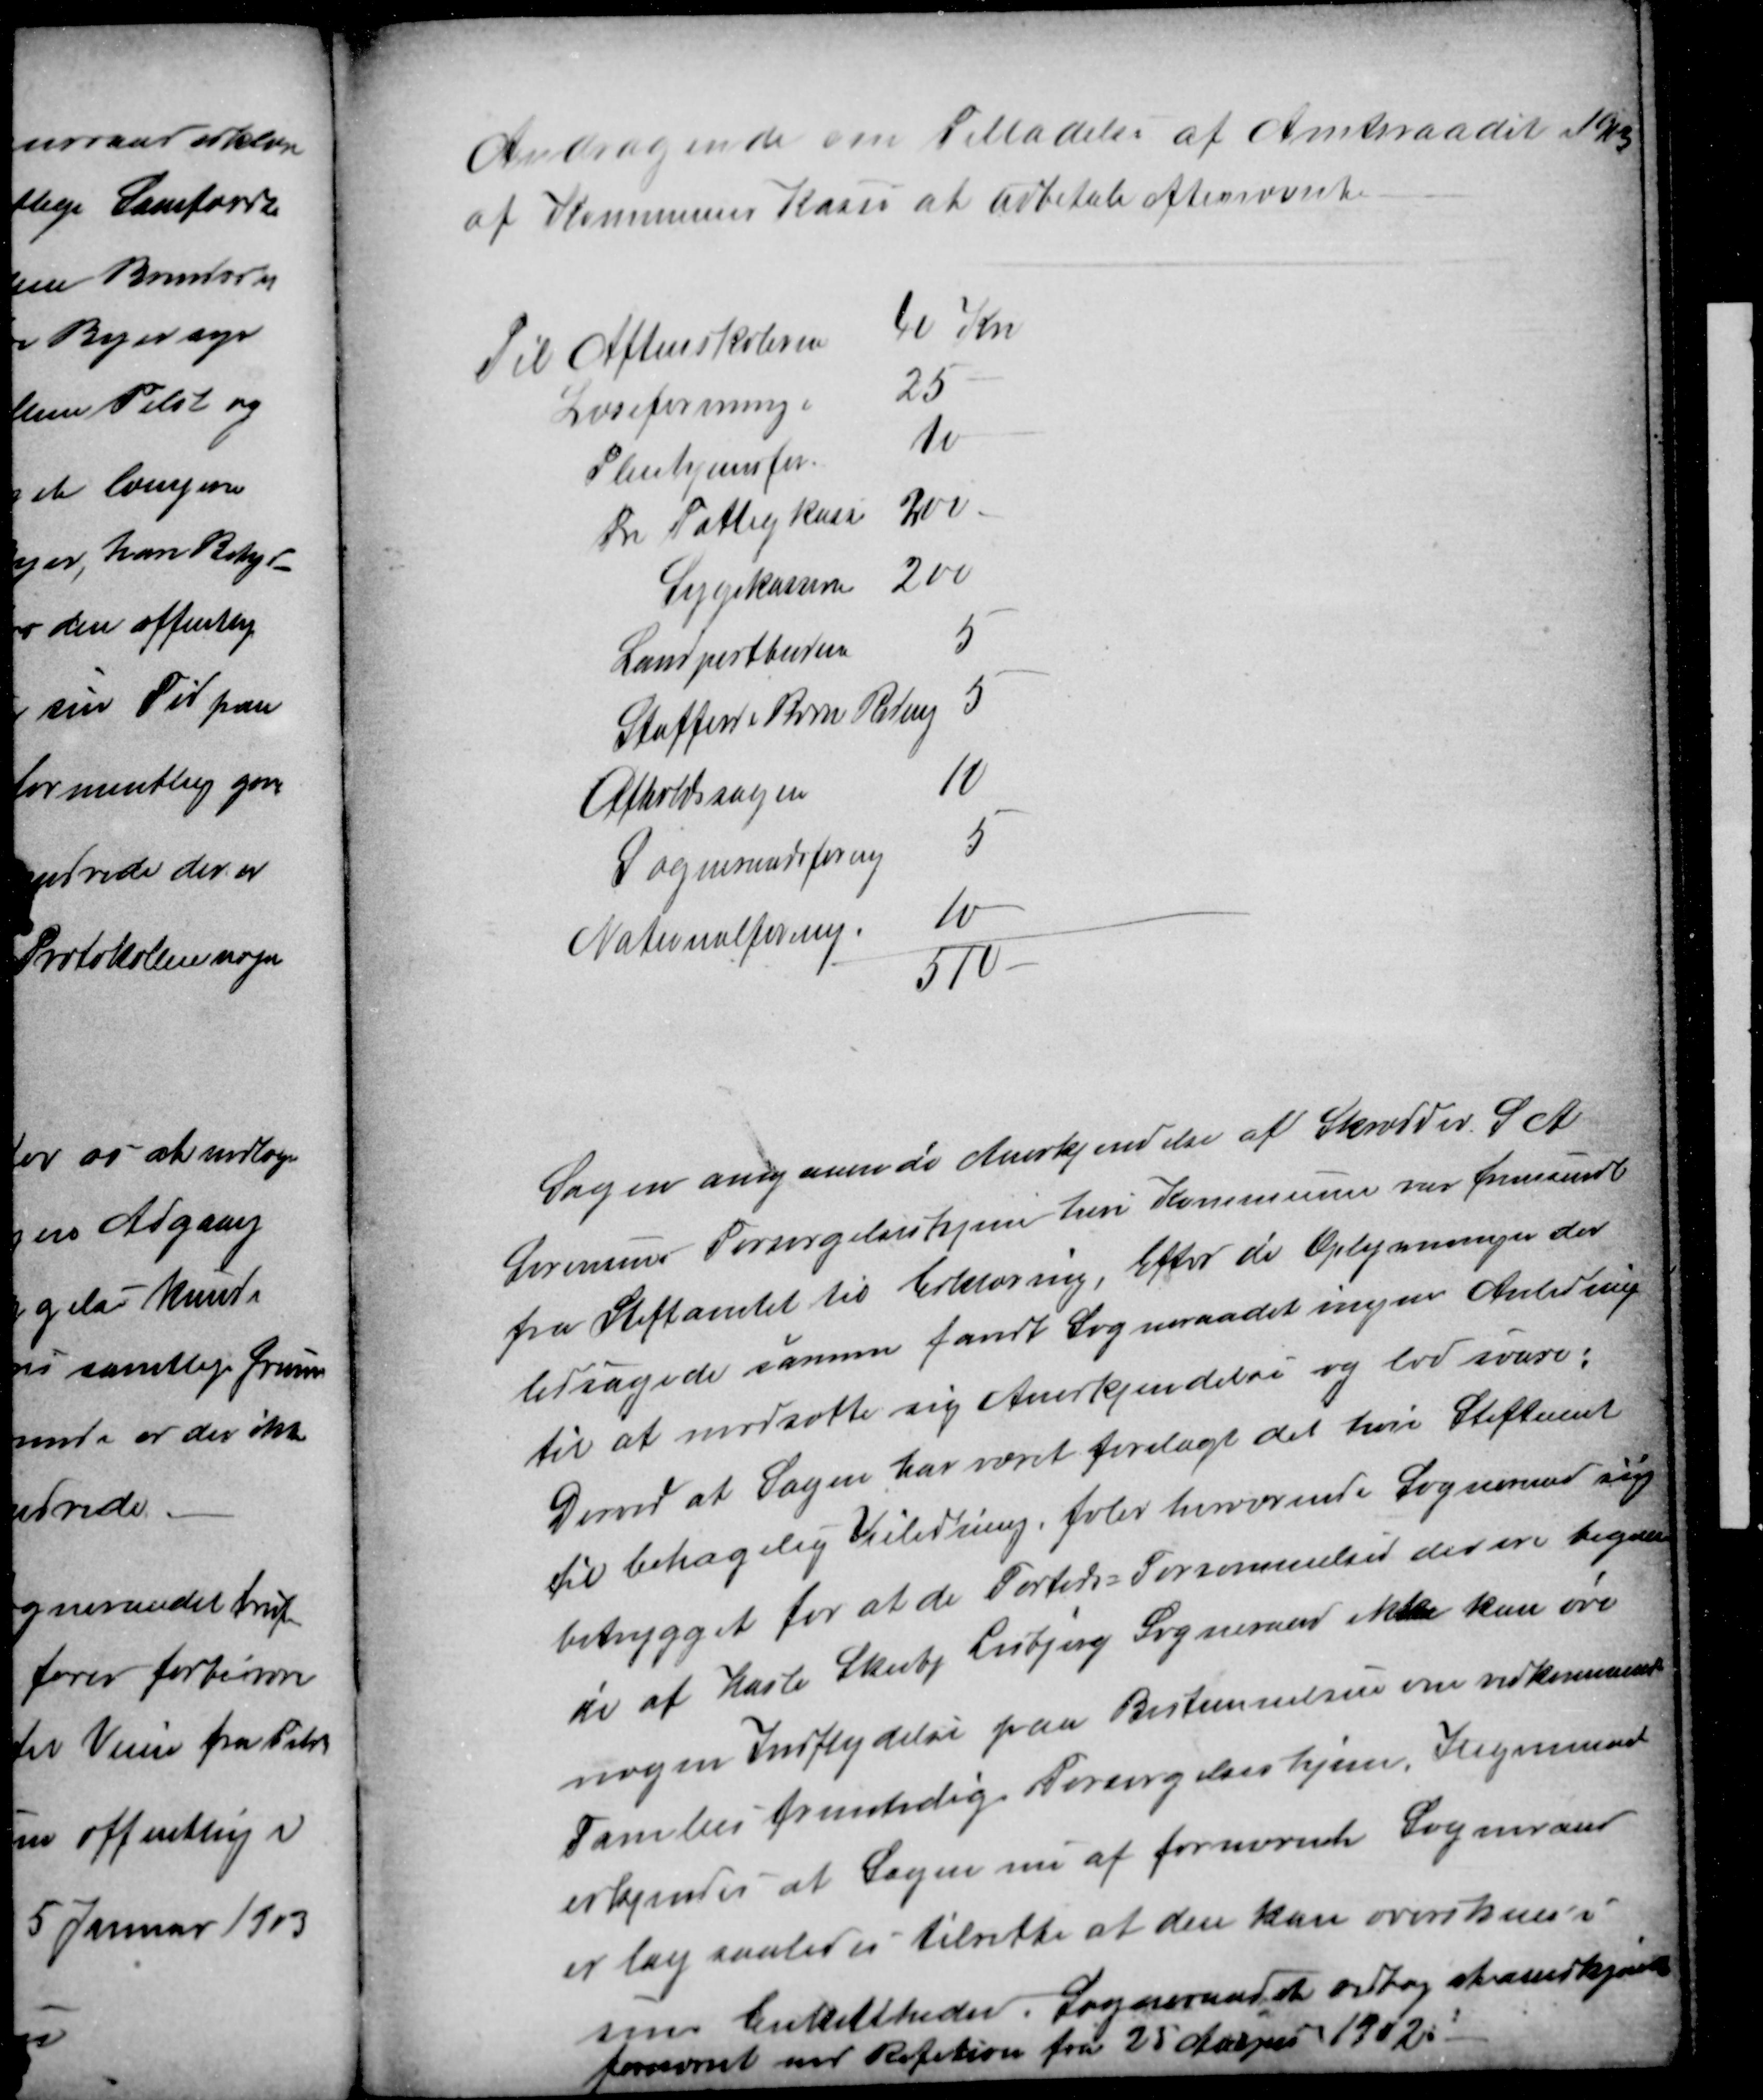
Transskription:
Andragende om Tilladelse af Amtsraadet 1903
af Kommunens Kasse at udbetale efternævnte
Til Aftenskolerne
40 Kr
Læseforeninge
25
Pleiehjemsfor
10
Fri Fattigkasse
200
Sygekassen
200
Landpostbudene
5
Straffede Børn Redning
5
Afholdssagen
10
Sogneraadsforening
5
Nationalforening.
10
510
Sagen angaaende Anerkjendelse af Skrædder S A
Sørensens Forsørgelseshjem heri Kommunen var fremsendt
fra Stiftamtet til Erklæring, Efter de Oplysninger der
ledsagede samme fandt Sogneraadet ingen Anledning
til at modsætte sig Anerkjendelse og lod svare:
Derved at Sagen har været forelagt det heri Stiftamt
til behagelig Veiledning, føler herværende Sogneraad sig
betrygget for at de Fortids Forsømmelser der ere begaae
de af Hasle Skeiby Lisbjerg Sogneraad ikke kan øve
nogen Indflydelse paa Bestemmelsen om vedkommende
Families fremtidig Forsørgelseshjem, Ingemand
erkjendes at Sagen nu af fornævnte Sogneraad
er lag saaledes tilrette at den kan overskues i
sine Enkeltheder. Sogneraadet vedtog at anerkjende
fornævnte med Refution fra 25 August 1902